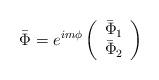
LaTeX: \begin{align*}\bar \Phi =e^{im\phi}\left(\begin{array}{c}\bar \Phi _1 \\\bar \Phi _2\end{array}\right)\end{align*}